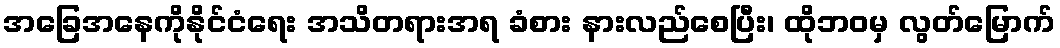
အခြေအနေကိုနိုင်ငံရေး အသိတရားအရ ခံစား နားလည်စေပြီး၊ ထိုဘဝမှ လွတ်မြောက်